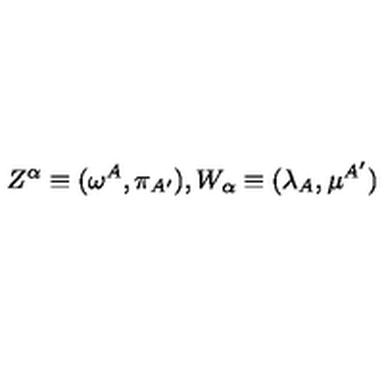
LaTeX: Z ^ { \alpha } \equiv ( \omega ^ { A } , \pi _ { A ^ { \prime } } ) , W _ { \alpha } \equiv ( \lambda _ { A } , \mu ^ { A ^ { \prime } } )